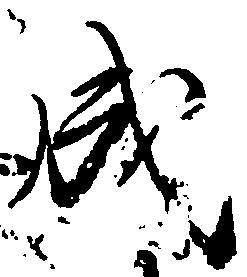
成